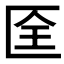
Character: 𠤹